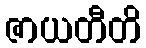
ဇာယတီတိ